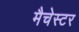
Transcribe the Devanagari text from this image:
मैचेस्टर